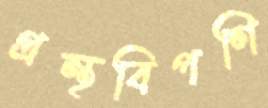
গ্রন্থবিপণি